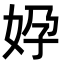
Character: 㚺